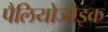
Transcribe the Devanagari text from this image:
पैलियोजोइक